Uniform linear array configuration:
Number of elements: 4
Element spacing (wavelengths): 1
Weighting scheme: uniform
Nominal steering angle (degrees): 45
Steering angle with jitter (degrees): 46.912
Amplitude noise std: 0.05
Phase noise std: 0.05

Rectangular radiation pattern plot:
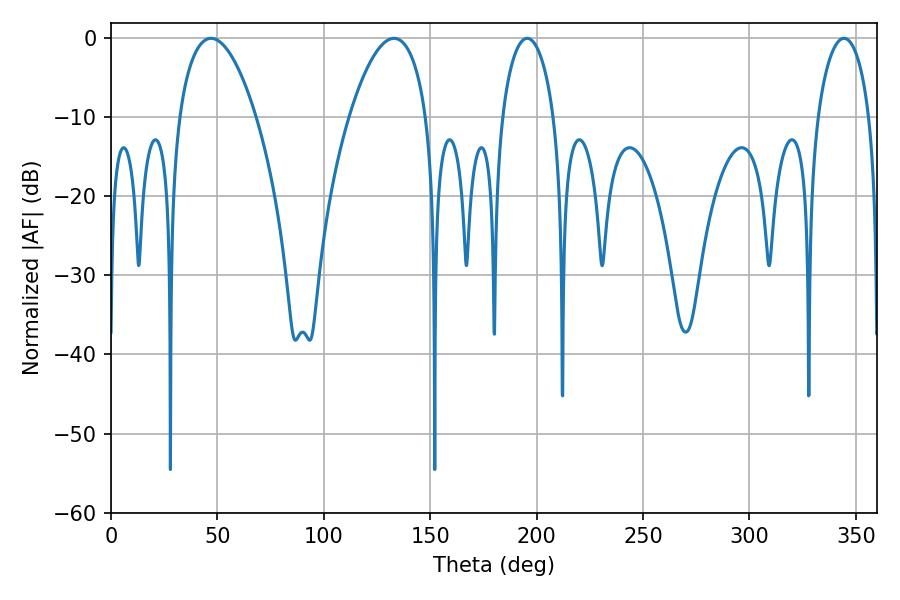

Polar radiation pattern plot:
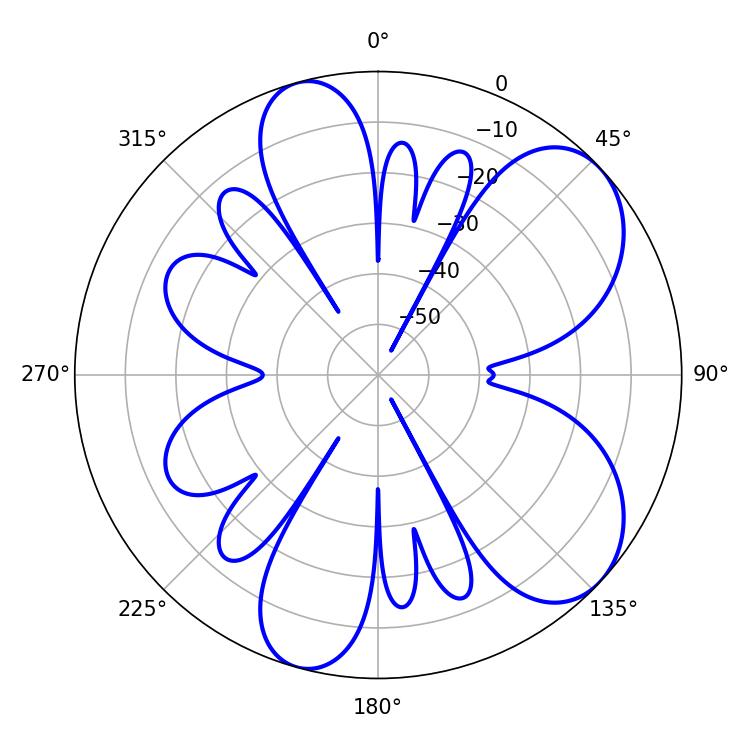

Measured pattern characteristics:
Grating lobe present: TRUE
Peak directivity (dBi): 7.064
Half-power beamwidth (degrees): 20.16
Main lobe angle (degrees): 46.98